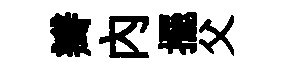
瓣内擺父